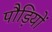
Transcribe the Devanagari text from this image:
पौड़ियों